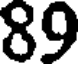
89